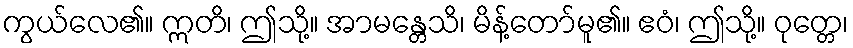
ကွယ်လေ၏။ ဣတိ၊ ဤသို့။ အာမန္တေသိ၊ မိန့်တော်မူ၏။ ဧဝံ၊ ဤသို့။ ဝုတ္တေ၊